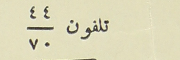
تلفون ٤٤/٧٠